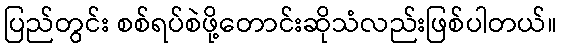
ပြည်တွင်း စစ်ရပ်စဲဖို့တောင်းဆိုသံလည်းဖြစ်ပါတယ်။